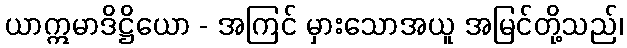
ယာဣမာဒိဋ္ဌိယော - အကြင် မှားသောအယူ အမြင်တို့သည်၊